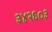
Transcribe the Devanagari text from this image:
३४२६०३